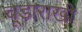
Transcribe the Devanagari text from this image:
चूड़ाराखी